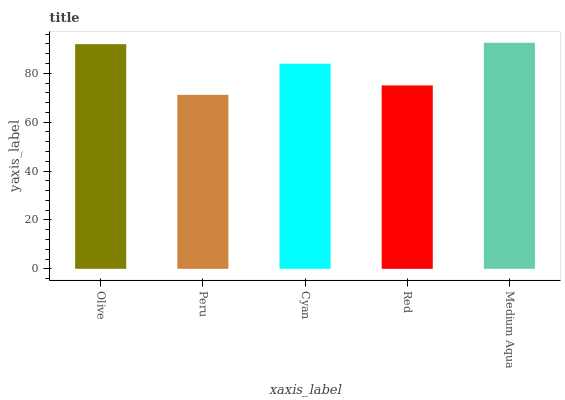
| xaxis_label | bars |
 | --- | --- |
 | Olive | 91.9 |
 | Peru | 71.2 |
 | Cyan | 83.9 |
 | Red | 75 |
 | Medium Aqua | 92.5 |